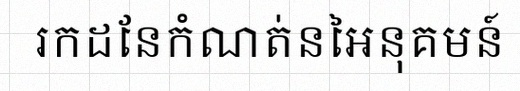
រកដែនកំណត់នៃអនុគមន៍